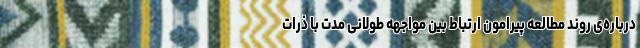
درباره‌ی روند مطالعه‌ پیرامون ارتباط بین مواجهه طولانی مدت با ذرات